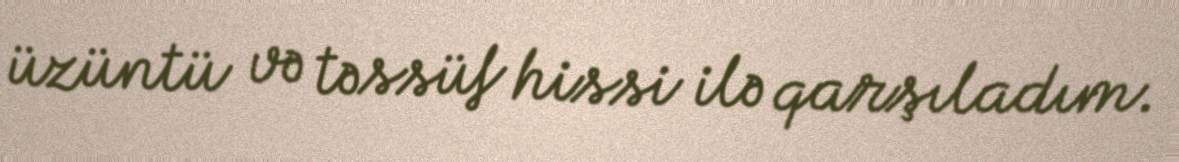
üzüntü və təssüf hissi ilə qarşıladım.